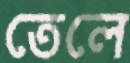
তেলে